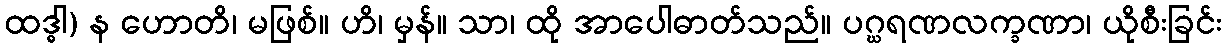
ထဒ္ဓါ) န ဟောတိ၊ မဖြစ်။ ဟိ၊ မှန်။ သာ၊ ထို အာပေါဓာတ်သည်။ ပဂ္ဃရဏလက္ခဏာ၊ ယိုစီးခြင်း